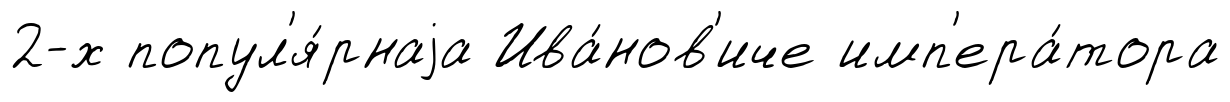
2-х попул'я́рнаjа Ива́нов'иче имп'ера́тора